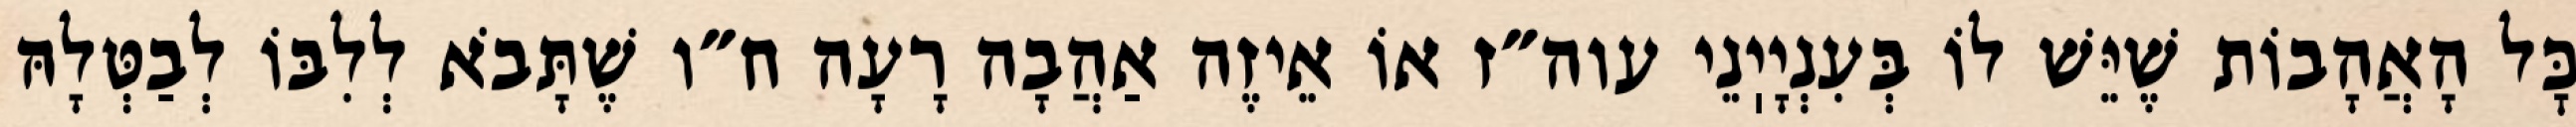
כׇּל הָאֲהָבוֹת שֶׁיֵּשׁ לוֹ בְּעִנְיָיֽנֵי עוה״ז אוֹ אֵיזֶה אַהֲבָה רָעָה ח״ו שֶׁתָּבֹא לְלִבּוֹ לְבַטְּלָהּ